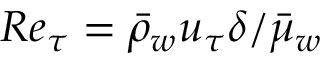
R e _ { \tau } = \bar { \rho } _ { w } u _ { \tau } \delta / \bar { \mu } _ { w }